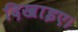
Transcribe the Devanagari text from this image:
दिखाइए।